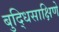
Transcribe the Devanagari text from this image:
बुद्धिसाक्षिणे